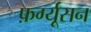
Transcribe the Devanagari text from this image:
फ़र्ग्यूसन